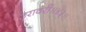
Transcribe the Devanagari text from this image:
उरावरी॥४३॥